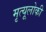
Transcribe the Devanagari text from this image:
मृत्यूलोकी